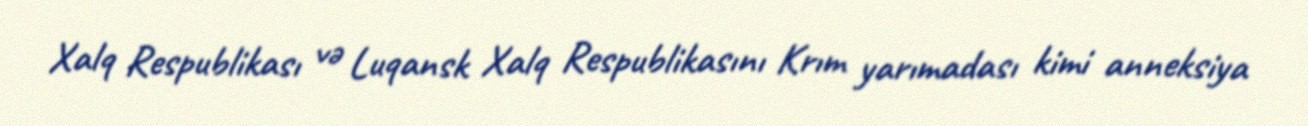
Xalq Respublikası və Luqansk Xalq Respublikasını Krım yarımadası kimi anneksiya